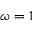
\omega = 1